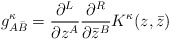
\begin{align*}g^\kappa_{A {\bar B}} = \frac{\partial ^L}{\partial z^A}\frac{\partial ^R}{\partial {\bar z}^B} K^\kappa (z,{\bar z})\end{align*}